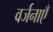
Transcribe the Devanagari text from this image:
वर्जनाएँ